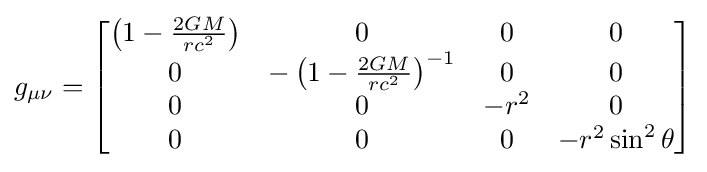
g_{\mu \nu }={\begin{bmatrix}\left(1-{\frac {2GM}{rc^{2}}}\right)&0&0&0\\0&-\left(1-{\frac {2GM}{rc^{2}}}\right)^{-1}&0&0\\0&0&-r^{2}&0\\0&0&0&-r^{2}\sin ^{2}\theta \end{bmatrix}}